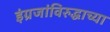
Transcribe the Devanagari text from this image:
इंग्रजांविरुद्धाच्या